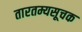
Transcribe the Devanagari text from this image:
तारतम्यसूचक